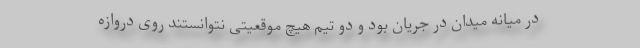
در میانه میدان در جریان بود و دو تیم هیچ موقعیتی نتوانستند روی دروازه